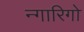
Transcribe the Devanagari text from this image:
न्गारिगो